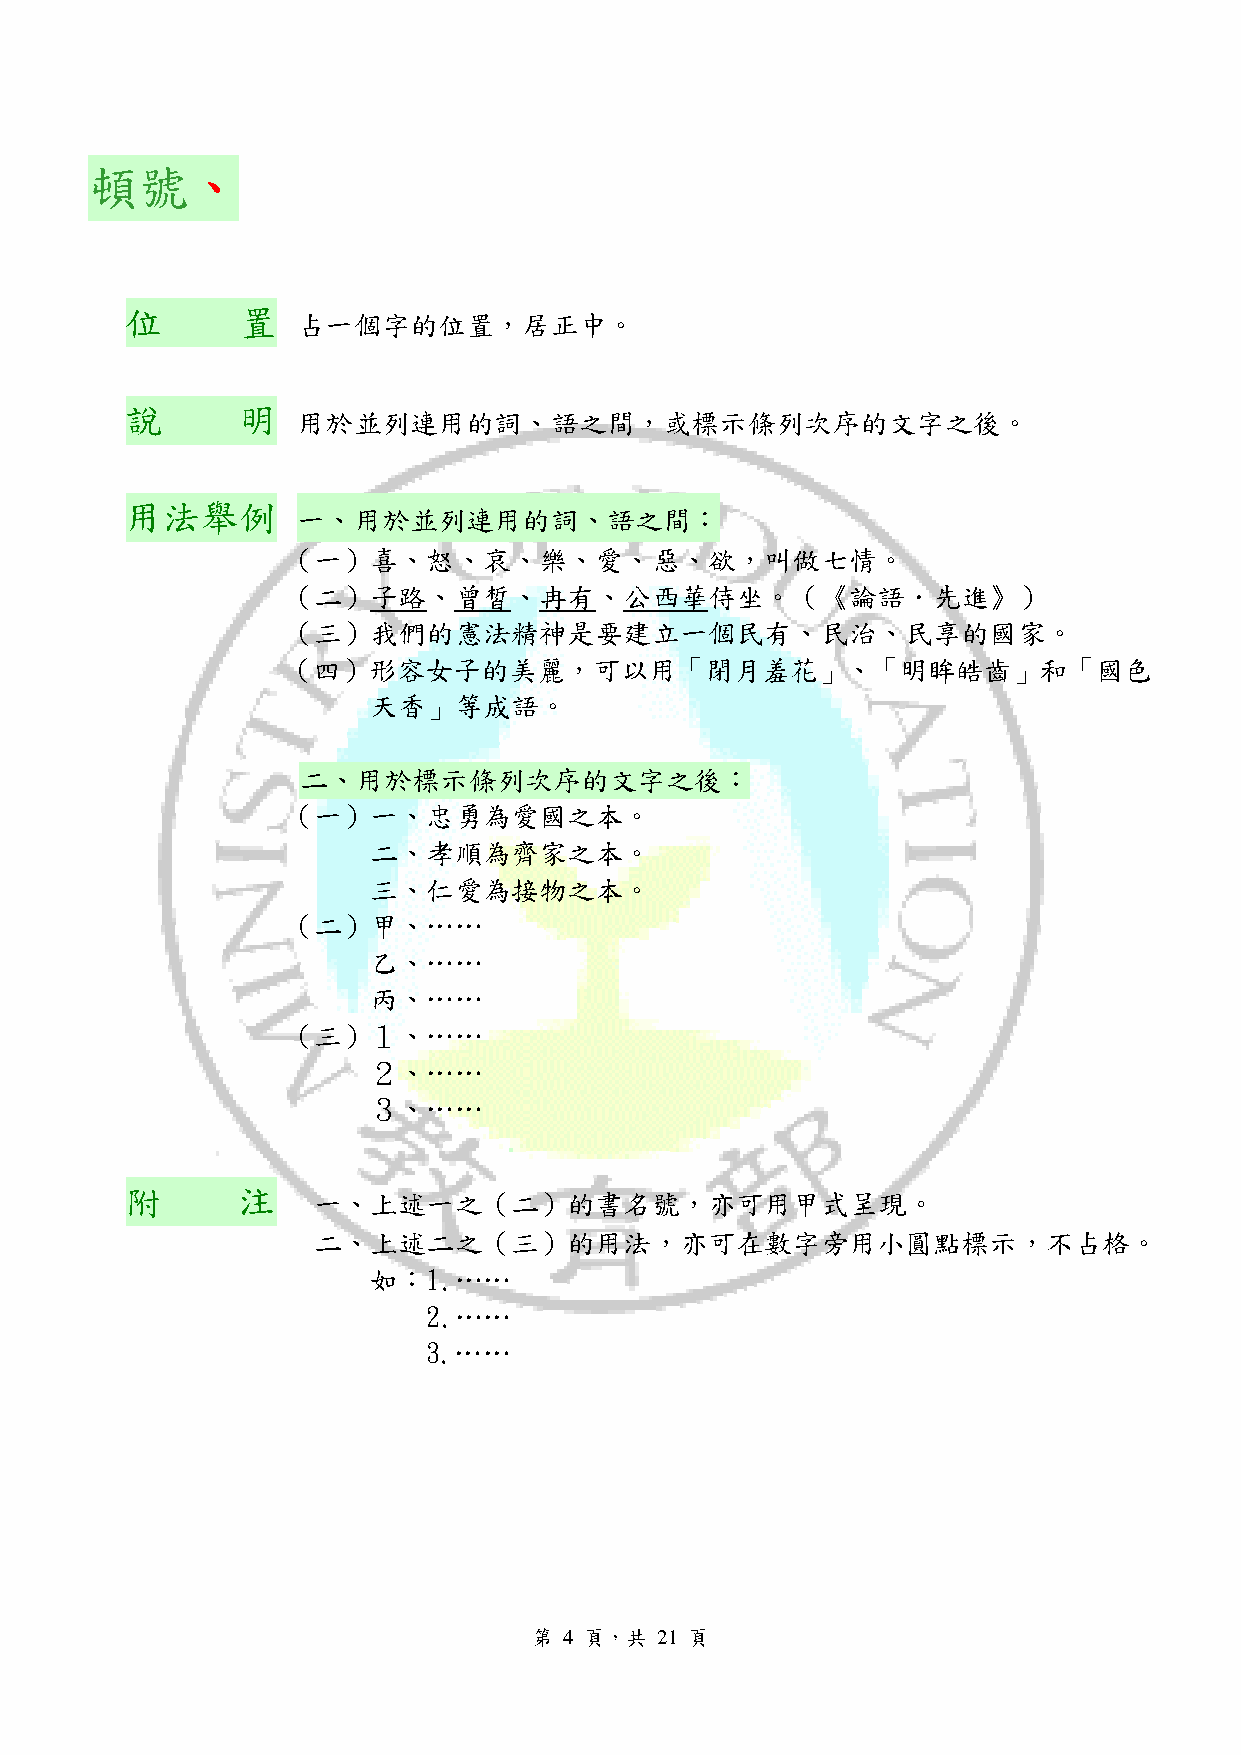
頓號、
 位       置
 占一個字的位置，居正中。
 說       明
 用於並列連用的詞、語之間，或標示條列次序的文字之後。
 用法舉例
 一、用於並列連用的詞、語之間：
 （一）喜、怒、哀、樂、愛、惡、欲，叫做七情。
 （二）子路、曾皙、冉有、公西華侍坐。（《論語．先進》）
 （三）我們的憲法精神是要建立一個民有、民治、民享的國家。
 （四）形容女子的美麗，可以用「閉月羞花」、「明眸皓齒」和「國色
 天香」等成語。
 二、用於標示條列次序的文字之後：
 （一）一、忠勇為愛國之本。
 二、孝順為齊家之本。
 三、仁愛為接物之本。
 （二）甲、……
 乙、……
 丙、……
 （三）１、……
 ２、……
 ３、……
 附       注
 一、上述一之（二）的書名號，亦可用甲式呈現。
 二、上述二之（三）的用法，亦可在數字旁用小圓點標示，不占格。
 如：1.……
 2.……
 3.……
 第 4 頁，共 21 頁